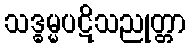
သဒ္ဓမ္မပဋိသညုတ္တာ